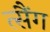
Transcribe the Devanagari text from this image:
त्सैंग